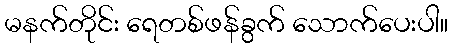
မနက်တိုင်း ရေတစ်ဖန်ခွက် သောက်ပေးပါ။